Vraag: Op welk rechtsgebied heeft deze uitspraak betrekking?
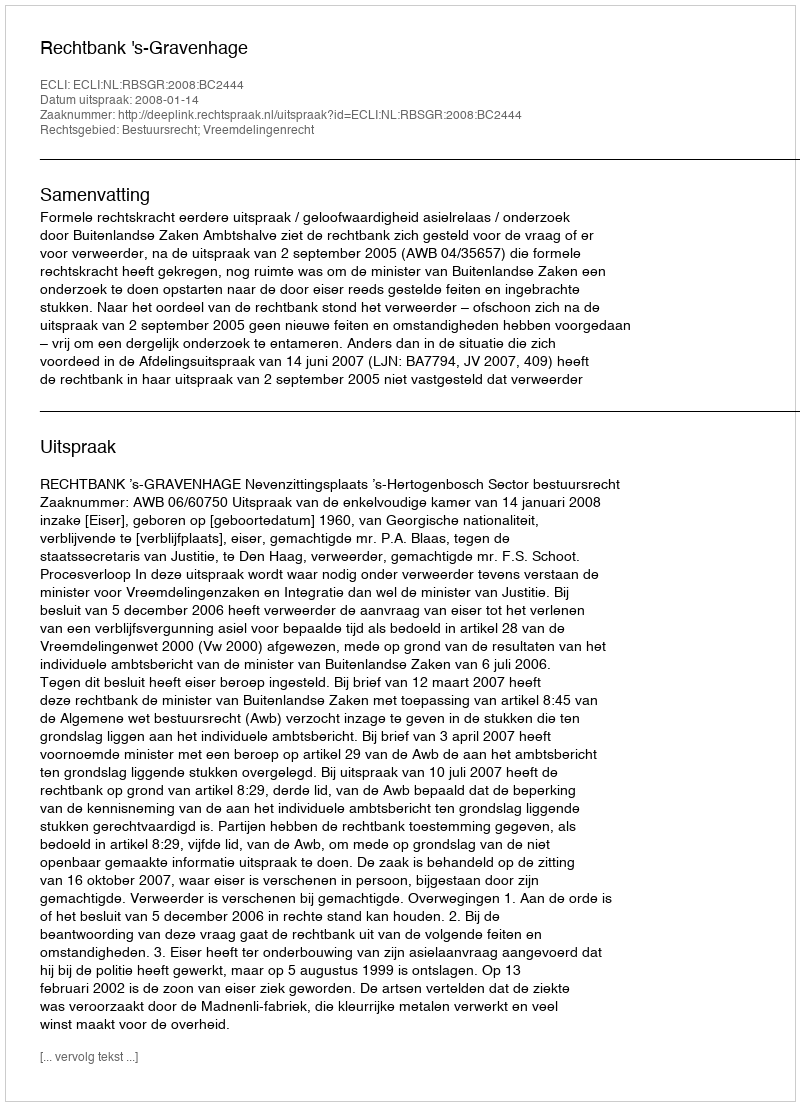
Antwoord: Bestuursrecht; Vreemdelingenrecht